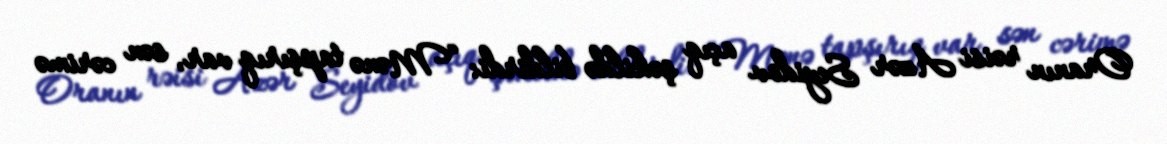
Oranın rəisi Azər Seyidov açıq şəkildə bildirdi: “Mənə tapşırıq var, sən cərimə